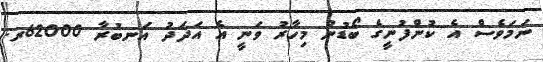
ނަމަވެސް އެ ކުންފުނީގެ ބޯޑުން މިހާރު ވަނީ އެ އަދަދު އަނބުރާ 62000ރ.